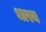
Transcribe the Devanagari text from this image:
भारम